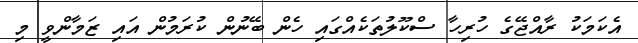
އެކަމަކު ރާއްޖޭގެ ހުރިހާ ސްކޫލުތަކެއްގައި ހެން ބޭނުން ކުރަމުން އައި ޒަމާންވީ މި